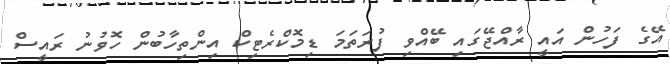
އޭގެ ފަހުން އައީ ރާއްޖޭގައި ބޭއްވި ފުރަތަމަ ޑިމޮކްރެޓިކް އިންތިހާބުން ހޮވުނު ރައީސް